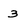
Character: 3